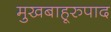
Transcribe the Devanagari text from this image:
मुखबाहूरुपाद